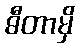
ဓီတာမှိ